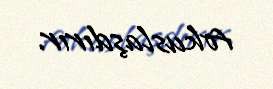
fokuslaşdırır.